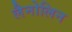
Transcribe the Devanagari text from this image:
लैनोलिन